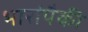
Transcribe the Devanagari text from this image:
भारांपैकी